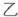
乙